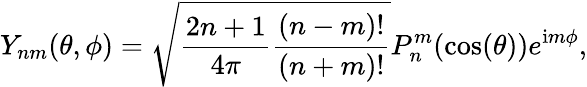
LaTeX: Y_{nm}(\theta,\phi)=\sqrt{\frac{2n+1}{4\pi}\frac{(n-m)!}{(n+m)!}}P_{n}^{m}(\cos(\theta))e^{\mathrm{i}m\phi},